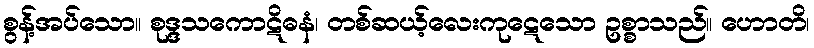
စွန့်အပ်သော။ စုဒ္ဒသကောဋိဓနံ၊ တစ်ဆယ့်လေးကုဋေသော ဥစ္စာသည်။ ဟောတိ၊